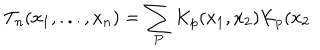
T _ { n } ( x _ { 1 } , . . . , x _ { n } ) = \sum _ { P } K _ { p } ( x _ { 1 } , x _ { 2 } ) K _ { p } ( x _ { 2 }